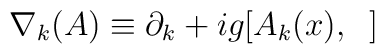
\nabla_{k}(A) \equiv \partial_{k} + ig[A_{k}(x), \;\;]